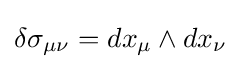
\delta \sigma _{\mu \nu }=dx_{\mu }\wedge dx_{\nu }